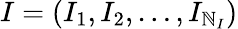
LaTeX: I=(I_{1},I_{2},\ldots,I_{\mathbb{N}_{I}})